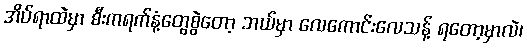
အိပ်ရာထဲမှာ စီးကရက်နံ့တွေစွဲတော့ ဘယ်မှာ လေကောင်းလေသန့် ရတော့မှာလဲ၊